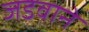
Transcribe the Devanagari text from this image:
जडवाने